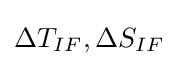
\Delta T_{IF},\Delta S_{IF}